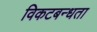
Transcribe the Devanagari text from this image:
विकटबन्धता